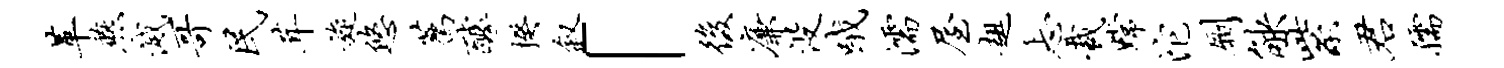
革燕灭哥民茸旋悠荐醵揆叙「后廉没哦濡屋趄忐裁嫦沱劂觖紫君孺